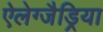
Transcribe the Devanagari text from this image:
ऐलेग्जैड्रिया